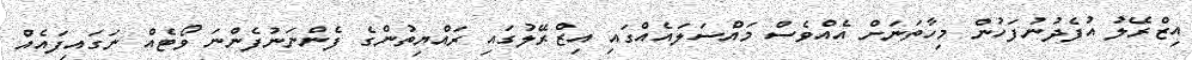
އިޒްރޭލު އުފެދުނުފަހުން މިހާތަނަށް އެއްވެސް މައްސަލައެއްގައި އިޒްރޭލުގައި ރައްޔިތުންގެ ފެންނަނުފެންނަ ވޯޓެއް ނަގައިފައެއް